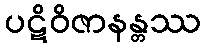
ပဋိဝိဇာနန္တဿ